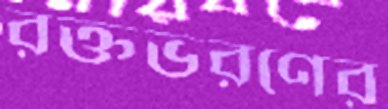
রক্তভরণের